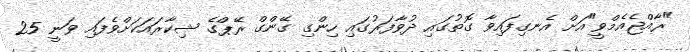
"ރާއްޖެއެމްވީ"އަށް އެނގިފައިވާ ގޮތުގައި ދުވާފަރުގައި ހިންގި ގޭންގް ރޭޕްގެ ޝިކާރައަކަށްވެފައި ވަނީ 25